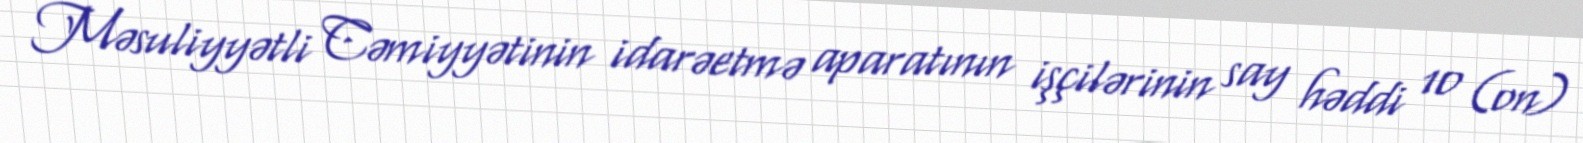
Məsuliyyətli Cəmiyyətinin idarəetmə aparatının işçilərinin say həddi 10 (on)